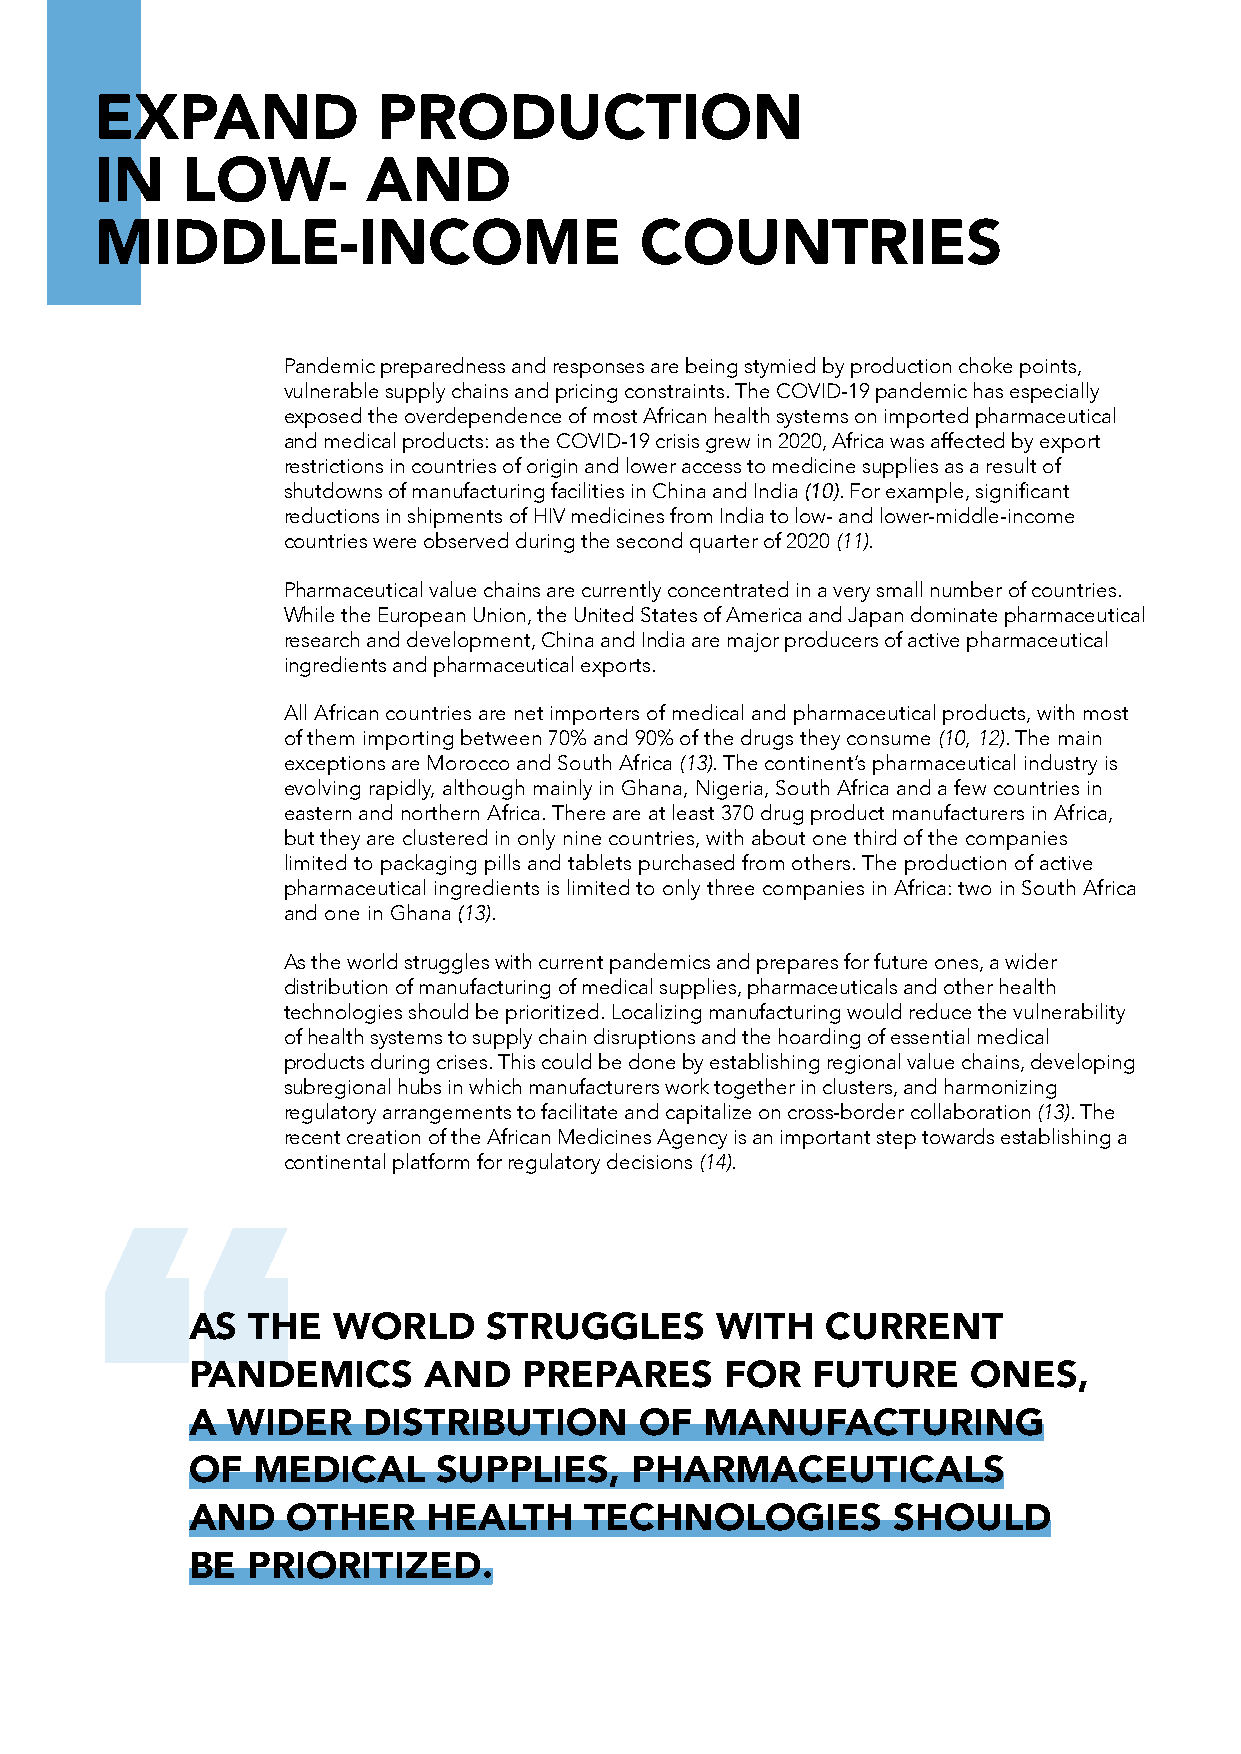
EXPAND             PRODUCTION
 IN    LOW-        AND
 MIDDLE-INCOME                       COUNTRIES
 Pandemic preparedness and responses are being stymied by production choke points,
 vulnerable supply chains and pricing constraints. The COVID-19 pandemic has especially
 exposed the overdependence of most African health systems on imported pharmaceutical
 and medical products: as the COVID-19 crisis grew in 2020, Africa was affected by export
 restrictions in countries of origin and lower access to medicine supplies as a result of
 shutdowns of manufacturing facilities in China and India (10). For example, significant
 reductions in shipments of HIV medicines from India to low- and lower-middle-income
 countries were observed during the second quarter of 2020 (11).
 Pharmaceutical value chains are currently concentrated in a very small number of countries.
 While the European Union, the United States of America and Japan dominate pharmaceutical
 research and development, China and India are major producers of active pharmaceutical
 ingredients and pharmaceutical exports.
 All African countries are net importers of medical and pharmaceutical products, with most
 of them importing between 70% and 90% of the drugs they consume (10, 12). The main
 exceptions are Morocco and South Africa (13). The continent’s pharmaceutical industry is
 evolving rapidly, although mainly in Ghana, Nigeria, South Africa and a few countries in
 eastern and northern Africa. There are at least 370 drug product manufacturers in Africa,
 but they are clustered in only nine countries, with about one third of the companies
 limited to packaging pills and tablets purchased from others. The production of active
 pharmaceutical ingredients is limited to only three companies in Africa: two in South Africa
 and one in Ghana (13).
 As the world struggles with current pandemics and prepares for future ones, a wider
 distribution of manufacturing of medical supplies, pharmaceuticals and other health
 technologies should be prioritized. Localizing manufacturing would reduce the vulnerability
 of health systems to supply chain disruptions and the hoarding of essential medical
 products during crises. This could be done by establishing regional value chains, developing
 subregional hubs in which manufacturers work together in clusters, and harmonizing
 regulatory arrangements to facilitate and capitalize on cross-border collaboration (13). The
 recent creation of the African Medicines Agency is an important step towards establishing a
 continental platform for regulatory decisions (14).
 “
 AS  THE   WORLD     STRUGGLES      WITH    CURRENT
 PANDEMICS       AND    PREPARES     FOR   FUTURE    ONES,
 A  WIDER    DISTRIBUTION      OF   MANUFACTURING
 OF   MEDICAL     SUPPLIES,    PHARMACEUTICALS
 AND    OTHER    HEALTH     TECHNOLOGIES        SHOULD
 BE  PRIORITIZED.